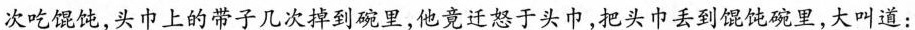
次吃馄饨，头巾上的带子几次掉到碗里，他竟迁怒于头巾，把头巾丢到馄饨碗里，大叫道：